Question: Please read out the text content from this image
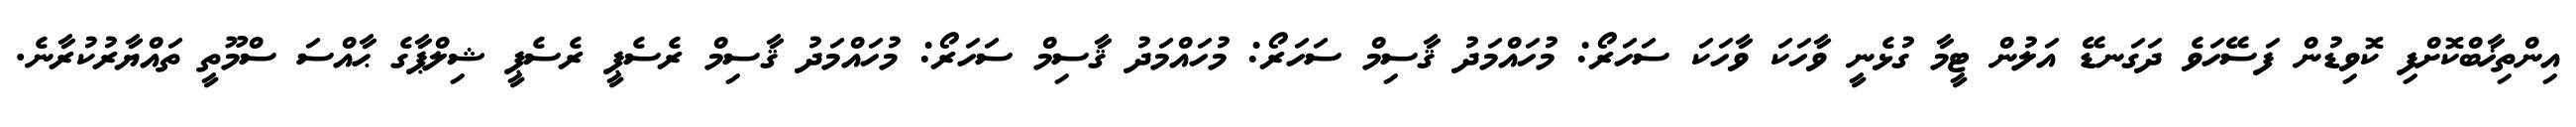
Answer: އިންތިޚާބްކޮށްފި ކޮވިޑުން ފަސޭހަވެ ދަގަނޑޭ އަލުން ޓީމާ ގުޅެނީ ވާހަކަ ވާހަކަ ސަހަރޯ: މުހައްމަދު ޤާސިމް ސަހަރޯ: މުހައްމަދު ޤާސިމް ސަހަރޯ: މުހައްމަދު ޤާސިމް ރެސެޕީ ރެސެޕީ ޝިލްޕާގެ ޙާއްސަ ސްމޫތީ ތައްޔާރުކުރާނެ.